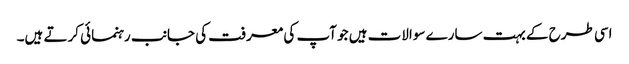
اسی طرح کے بہت سارے سوالات ہیں جو آپ کی معرفت کی جانب رہنمائی کرتے ہیں۔